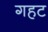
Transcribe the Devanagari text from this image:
गहट